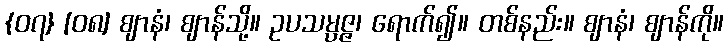
{၀၇} [၀၈] ဈာနံ၊ ဈာန်သို့။ ဥပသမ္ပဇ္ဇ၊ ရောက်၍။ တစ်နည်း။ ဈာနံ၊ ဈာန်ကို။